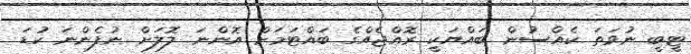
ޓީބީ ނުވަތަ ކެއްސުން ބައްޔަކީ ރޮއްޖެއްގެ ބައްޓަމަށް އޮންނަ ލޮލަށް ނުފެންނަ ކުޑަ